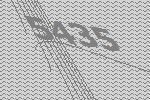
5435